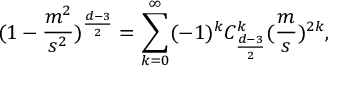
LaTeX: ( 1 - \frac { m ^ { 2 } } { s ^ { 2 } } ) ^ { \frac { d - 3 } { 2 } } = \sum _ { k = 0 } ^ { \infty } ( - 1 ) ^ { k } C _ { \frac { d - 3 } { 2 } } ^ { k } ( \frac { m } { s } ) ^ { 2 k } ,